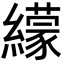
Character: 𦆟